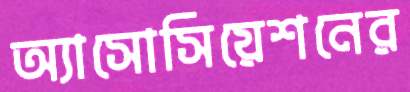
অ্যাসোসিয়েশনের